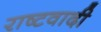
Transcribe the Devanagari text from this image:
राष्टवादी